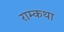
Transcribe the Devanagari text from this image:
राम्कथा